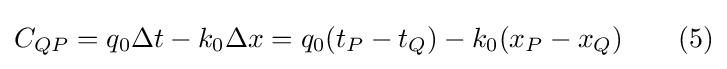
C_{QP}=q_{0}\Delta {t}-k_{0}\Delta {x}=q_{0}(t_{P}-t_{Q})-k_{0}(x_{P}-x_{Q})\qquad (5)